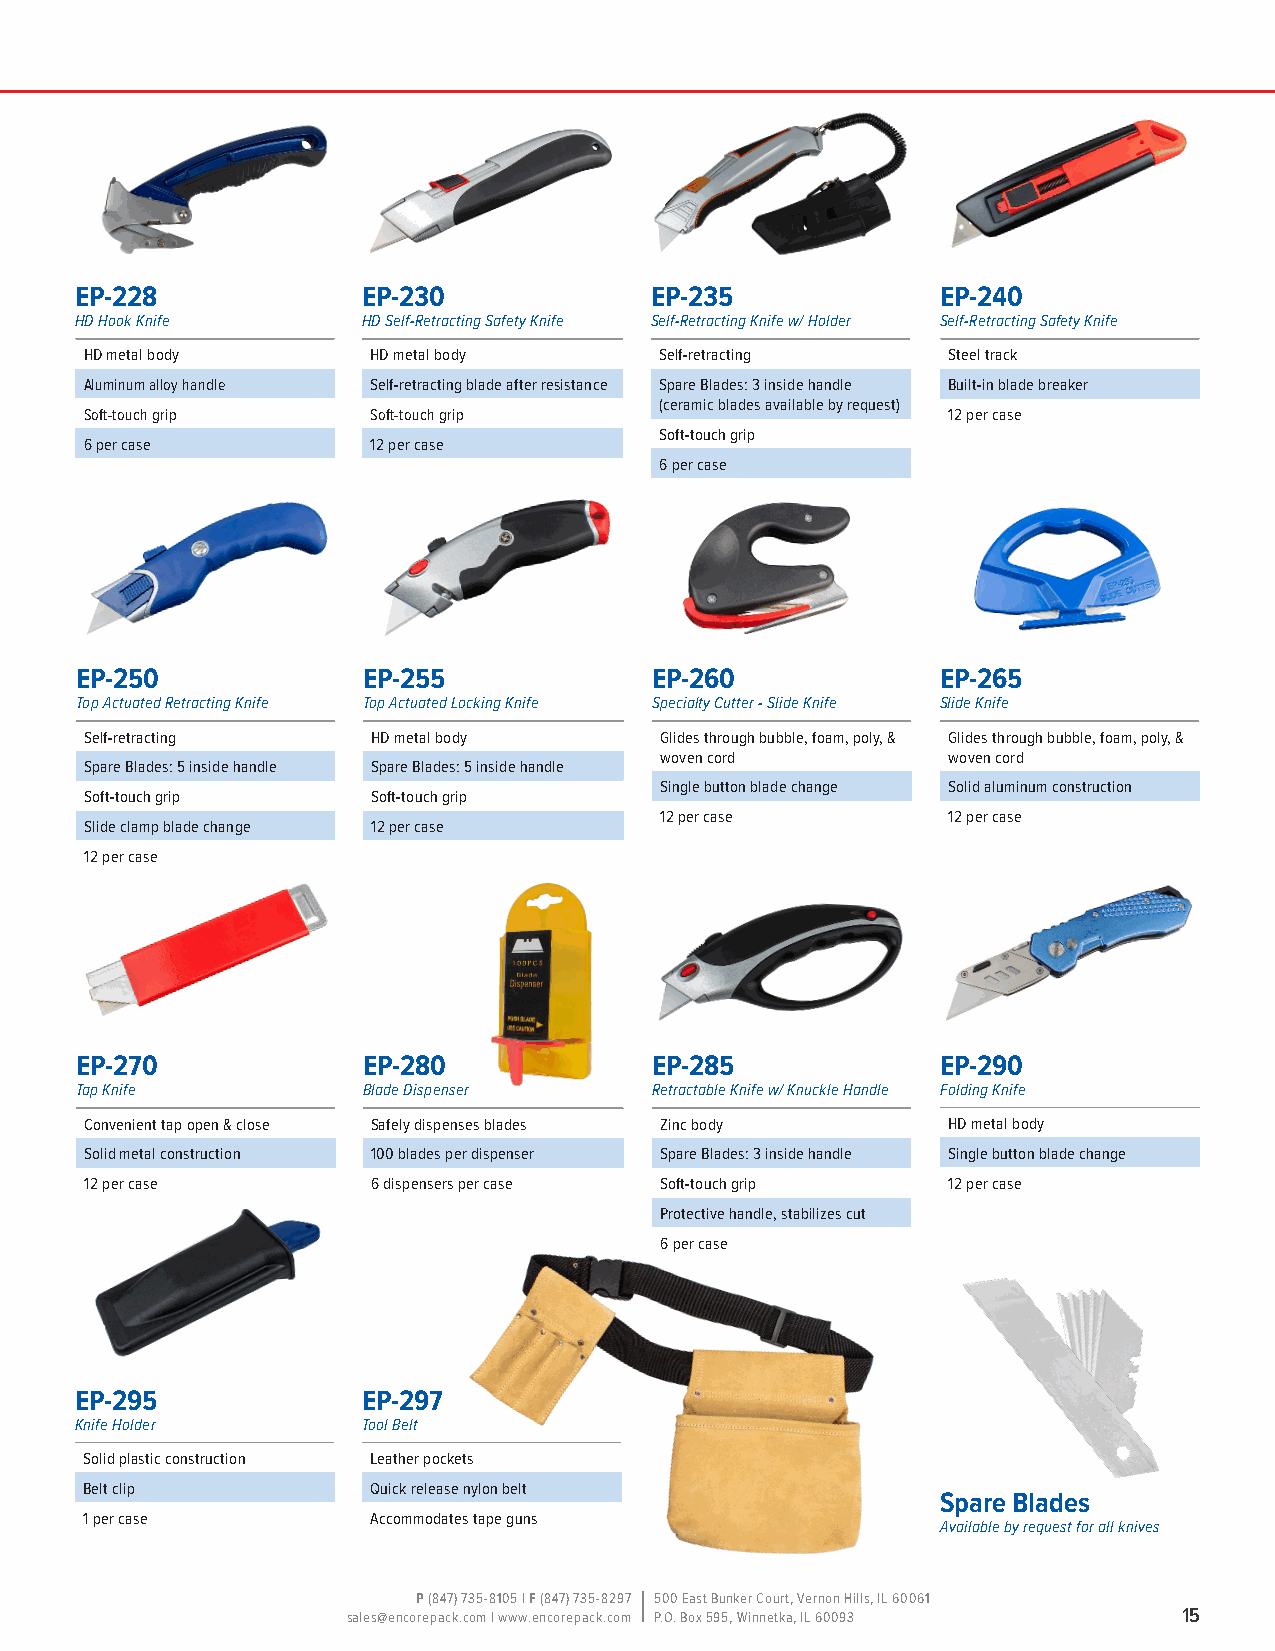
EP-228             EP-230             EP-235             EP-240
 HD Hook Knife      HD Self-Retracting Safety Knife Self-Retracting Knife w/ Holder Self-Retracting Safety Knife
 HD metal body      HD metal body      Self-retracting    Steel track
 Aluminum alloy handle Self-retracting blade after resistance Spare Blades: 3 inside handle Built-in blade breaker
 (ceramic blades available by request)
 Soft-touch grip    Soft-touch grip                       12 per case
 Soft-touch grip
 6 per case         12 per case
 6 per case
 EP-250             EP-255             EP-260             EP-265
 Top Actuated Retracting Knife Top Actuated Locking Knife Specialty Cutter - Slide Knife Slide Knife
 Self-retracting    HD metal body      Glides through bubble, foam, poly, & Glides through bubble, foam, poly, &
 woven cord         woven cord
 Spare Blades: 5 inside handle Spare Blades: 5 inside handle
 Single button blade change Solid aluminum construction
 Soft-touch grip    Soft-touch grip
 12 per case        12 per case
 Slide clamp blade change 12 per case
 12 per case
 EP-270             EP-280             EP-285             EP-290
 Tap Knife          Blade Dispenser    Retractable Knife w/ Knuckle Handle Folding Knife
 Convenient tap open & close Safely dispenses blades Zinc body HD metal body
 Solid metal construction 100 blades per dispenser Spare Blades: 3 inside handle Single button blade change
 12 per case        6 dispensers per case Soft-touch grip 12 per case
 Protective handle, stabilizes cut
 6 per case
 EP-295             EP-297
 Knife Holder       Tool Belt
 Solid plastic construction Leather pockets
 Belt clip          Quick release nylon belt
 Spare Blades
 1 per case         Accommodates tape guns
 Available by request for all knives
 P (847) 735-8105 | F (847) 735-8297 500 East Bunker Court, Vernon Hills, IL 60061
 sales@encorepack.com | www.encorepack.com P.O. Box 595, Winnetka, IL 60093 15